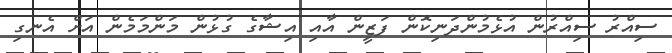
ސިއްރު ސިއްރުން އުޅެމުންދަނިކޮން ފަޒީން އާއި އިޝާގެ ގުޅުން މަންމަމެން އަށް އެނގި